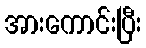
အားကောင်းပြီး